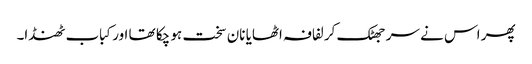
پھر اس نے سر جھٹک کر لفافہ اٹھایا نان سخت ہو چکا تھا اور کباب ٹھنڈا۔